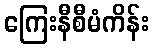
ကြေးနီစီမံကိန်း